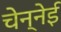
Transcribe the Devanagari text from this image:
चेन्नेई